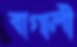
বাগালী